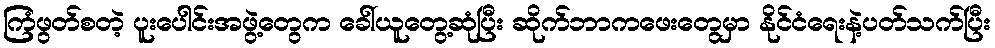
ကြံဖွတ်စတဲ့ ပူးပေါင်းအဖွဲ့တွေက ခေါ်ယူတွေ့ဆုံပြီး ဆိုက်ဘာကဖေးတွေမှာ နိုင်ငံရေးနဲ့ပတ်သက်ပြီး